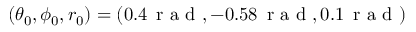
( \theta _ { 0 } , \phi _ { 0 } , r _ { 0 } ) = ( 0 . 4 \, \mathrm { ~ r ~ a ~ d ~ } , - 0 . 5 8 \, \mathrm { ~ r ~ a ~ d ~ } , 0 . 1 \, \mathrm { ~ r ~ a ~ d ~ } )